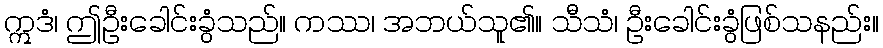
ဣဒံ၊ ဤဦးခေါင်းခွံသည်။ ကဿ၊ အဘယ်သူ၏။ သီသံ၊ ဦးခေါင်းခွံဖြစ်သနည်း။